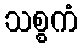
သစ္စကံ